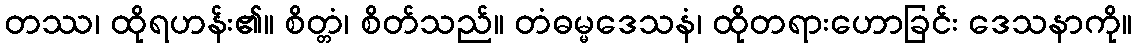
တဿ၊ ထိုရဟန်း၏။ စိတ္တံ၊ စိတ်သည်။ တံဓမ္မဒေသနံ၊ ထိုတရားဟောခြင်း ဒေသနာကို။